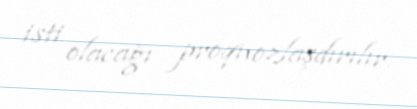
isti olacağı proqnozlaşdırılır.